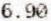
6.90